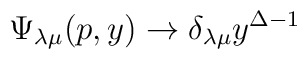
\Psi _{\lambda \mu }(p,y)\rightarrow \delta _{\lambda \mu }y^{\Delta -1}